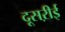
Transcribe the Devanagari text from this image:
दूसऱीई